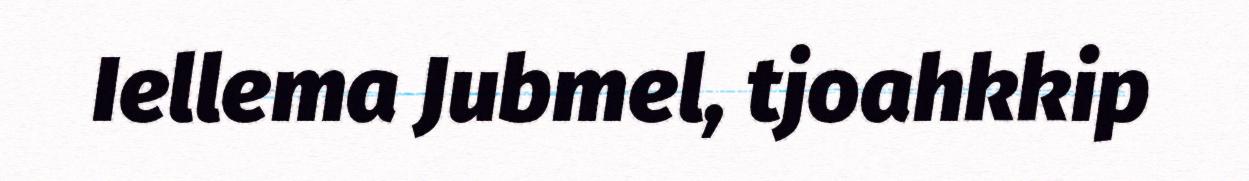
Iellema Jubmel, tjoahkkip